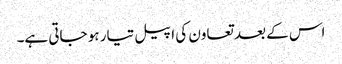
اس کے بعد تعاون کی اپیل تیار ہو جاتی ہے۔